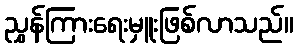
ညွှန်ကြားရေးမှူးဖြစ်လာသည်။